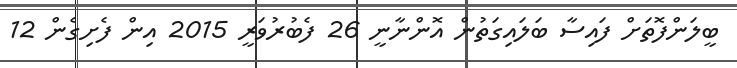
ބީލަންފޮތަށް ފައިސާ ބަލައިގަތުން އޮންނާނީ 26 ފެބުރުވަރީ 2015 އިން ފެށިގެން 12